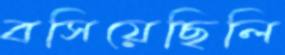
বসিয়েছিলি